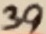
Text: 39